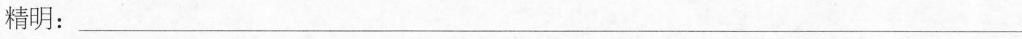
精明：___